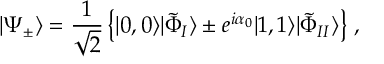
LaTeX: | \Psi _ { \pm } \rangle = \frac { 1 } { \sqrt { 2 } } \left\{ | 0 , 0 \rangle | \tilde { \Phi } _ { I } \rangle \pm e ^ { i \alpha _ { 0 } } | 1 , 1 \rangle | \tilde { \Phi } _ { I I } \rangle \right\} \, ,